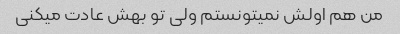
من هم اولش نمیتونستم ولی تو بهش عادت میکنی